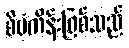
စီမံကိန်းဖြစ်သည်